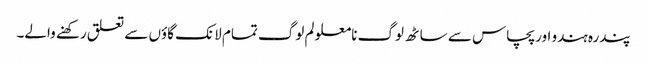
پندرہ ہندو اور پچاس سے ساٹھ لوگ نامعلو لم لوگ تمام لانک گاؤں سے تعلق رکھنے والے۔